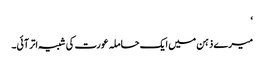
‘
میرے ذہن میں ایک حاملہ عورت کی شبیہ اتر آئی۔